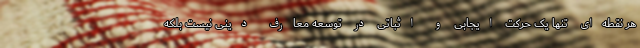
هر نقطه‌ای تنها یک حرکت ایجابی و اثباتی در توسعه معارف دینی نیست بلکه